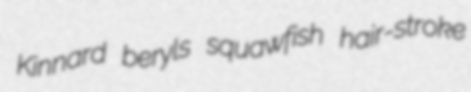
Kinnard beryls squawfish hair-stroke